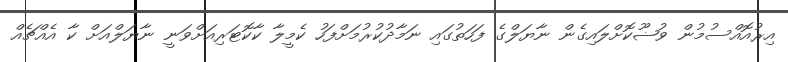
އިރުއޮއްސުމުން ވުޟޫކޮށްލައިގެން ނާޔަލްގެ ފަހަތުގައި ނަމާދުކުރުމަށްފަހު ކެމީލާ ކާކޮޓަރިއަށްވަނީ ނާޔަލްއަށް ކާ އެއްޗެއް